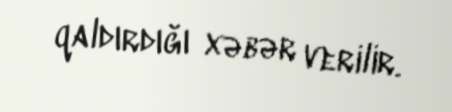
qaldırdığı xəbər verilir.